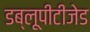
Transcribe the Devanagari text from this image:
डब्लूपीटीजेड